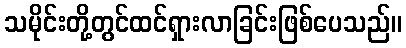
သမိုင်းတို့တွင်ထင်ရှားလာခြင်းဖြစ်ပေသည်။